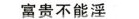
富贵不能淫